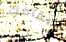
إيقافك